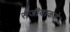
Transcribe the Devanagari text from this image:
सजीवाकडे